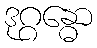
ဒုဂ္ဂန္ဓော